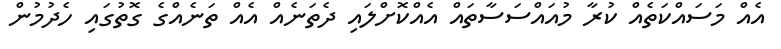
އެއް މަސައްކަތެއް ކުރާ މުއައްސަސާތައް އެއްކޮށްލައި ދެތަނެއް އެއް ތަނެއްގެ ގޮތުގައި ހެދުމުން